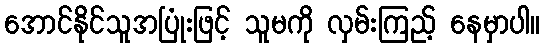
အောင်နိုင်သူအပြုံးဖြင့် သူမကို လှမ်းကြည့် နေမှာပါ။